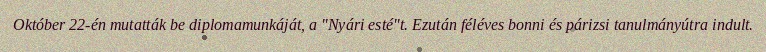
Október 22-én mutatták be diplomamunkáját, a "Nyári esté"t. Ezután féléves bonni és párizsi tanulmányútra indult.